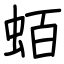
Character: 蛨